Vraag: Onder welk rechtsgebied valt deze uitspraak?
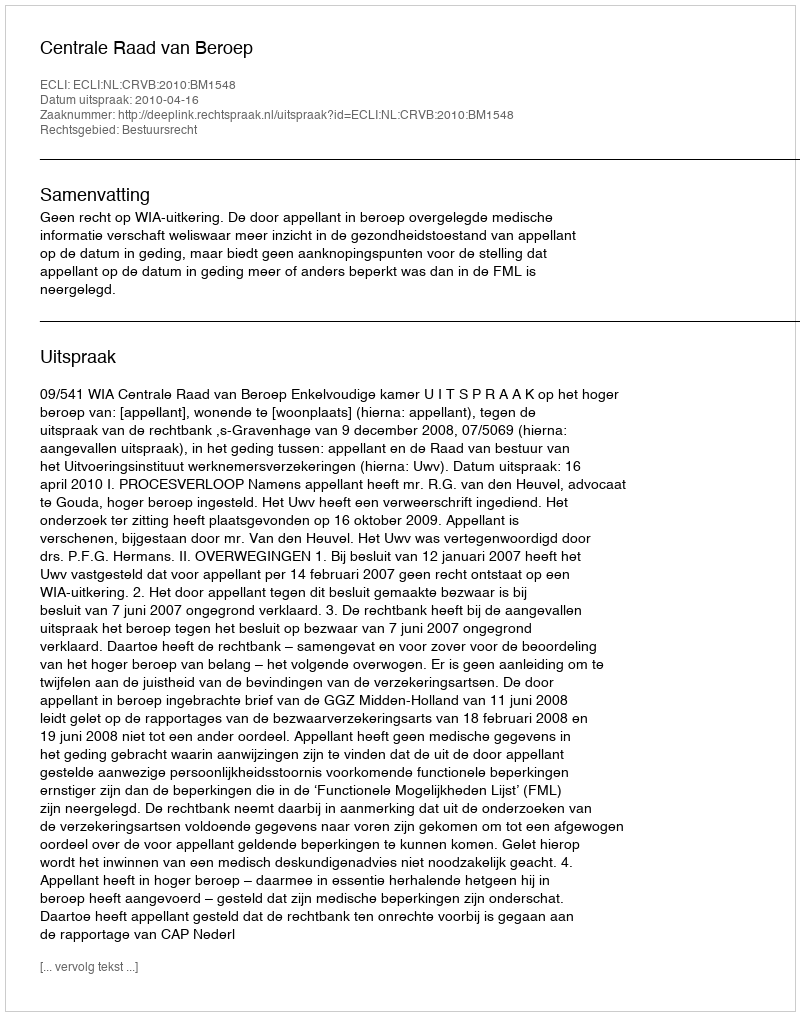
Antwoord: Bestuursrecht